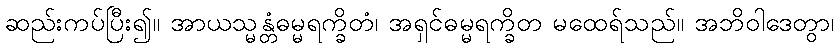
ဆည်းကပ်ပြီး၍။ အာယသ္မန္တံဓမ္မရက္ခိတံ၊ အရှင်ဓမ္မရက္ခိတ မထေရ်သည်။ အဘိဝါဒေတွာ၊